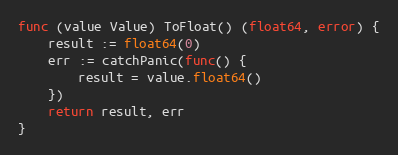
Language: Go
func (value Value) ToFloat() (float64, error) {
	result := float64(0)
	err := catchPanic(func() {
		result = value.float64()
	})
	return result, err
}